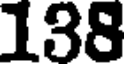
138